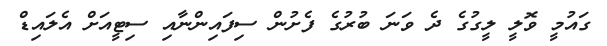
ގައުމީ ވޮލީ ލީގުގެ ދެ ވަނަ ބުރުގެ ފެށުން ސިފައިންނާއި ސިޓީއަށް އެލައިޑް